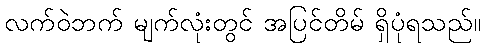
လက်ဝဲဘက် မျက်လုံးတွင် အပြင်တိမ် ရှိပုံရသည်။